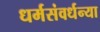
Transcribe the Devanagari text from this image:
धर्मसंवर्धन्या